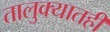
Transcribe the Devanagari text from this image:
तालुक्‍यातही